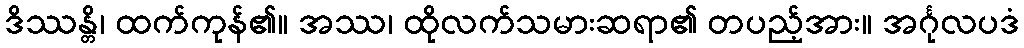
ဒိဿန္တိ၊ ထက်ကုန်၏။ အဿ၊ ထိုလက်သမားဆရာ၏ တပည့်အား။ အင်္ဂုလပဒံ